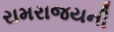
રામરાજયની